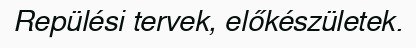
Repülési tervek, előkészületek.